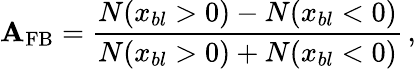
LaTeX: \mathbf{A}_{\mathrm{{FB}}}=\frac{{N(x_{bl}>0)-N(x_{bl}<0)}}{{N(x_{bl}>0)+N(x_{bl}<0)}}\, ,